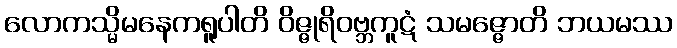
လောကသ္မိမနေကရူပါတိ ဝိဇ္ဇုရိဝဗ္ဘကူဋံ သမဇ္ဇောတိ ဘယမဿ